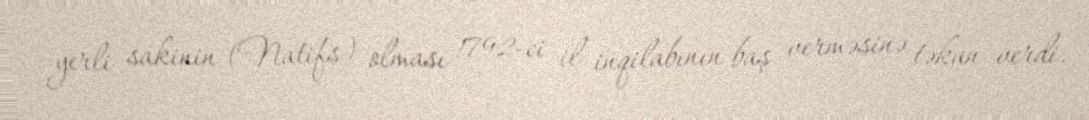
yerli sakinin (Natifs) olması 1792-ci il inqilabının baş verməsinə təkan verdi.